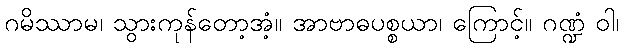
ဂမိဿာမ၊ သွားကုန်တော့အံ့။ အာဗာဓပစ္စယာ၊ ကြောင့်။ ဂဏ္ဍံ ဝါ၊